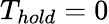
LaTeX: T_{hold}=0